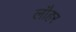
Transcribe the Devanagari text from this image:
लौहर